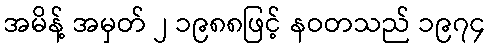
အမိန့် အမှတ် ၂ ၁၉၈၈ဖြင့် နဝတသည် ၁၉၇၄